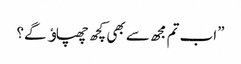
”اب تم مجھ سے بھی کچھ چھپاﺅ گے؟